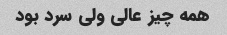
همه چیز عالی ولی سرد بود